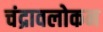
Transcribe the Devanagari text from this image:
चंद्रावलोकन